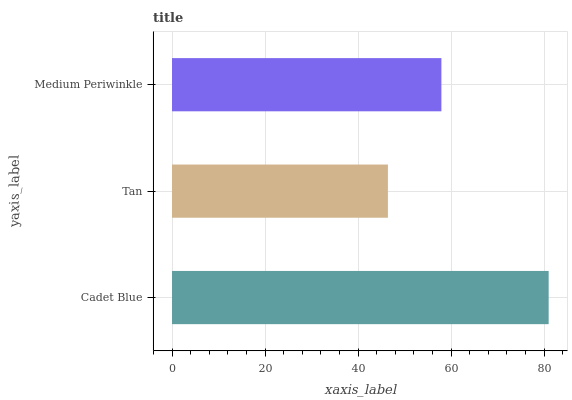
| yaxis_label | bars |
 | --- | --- |
 | Cadet Blue | 81 |
 | Tan | 46.4 |
 | Medium Periwinkle | 57.9 |